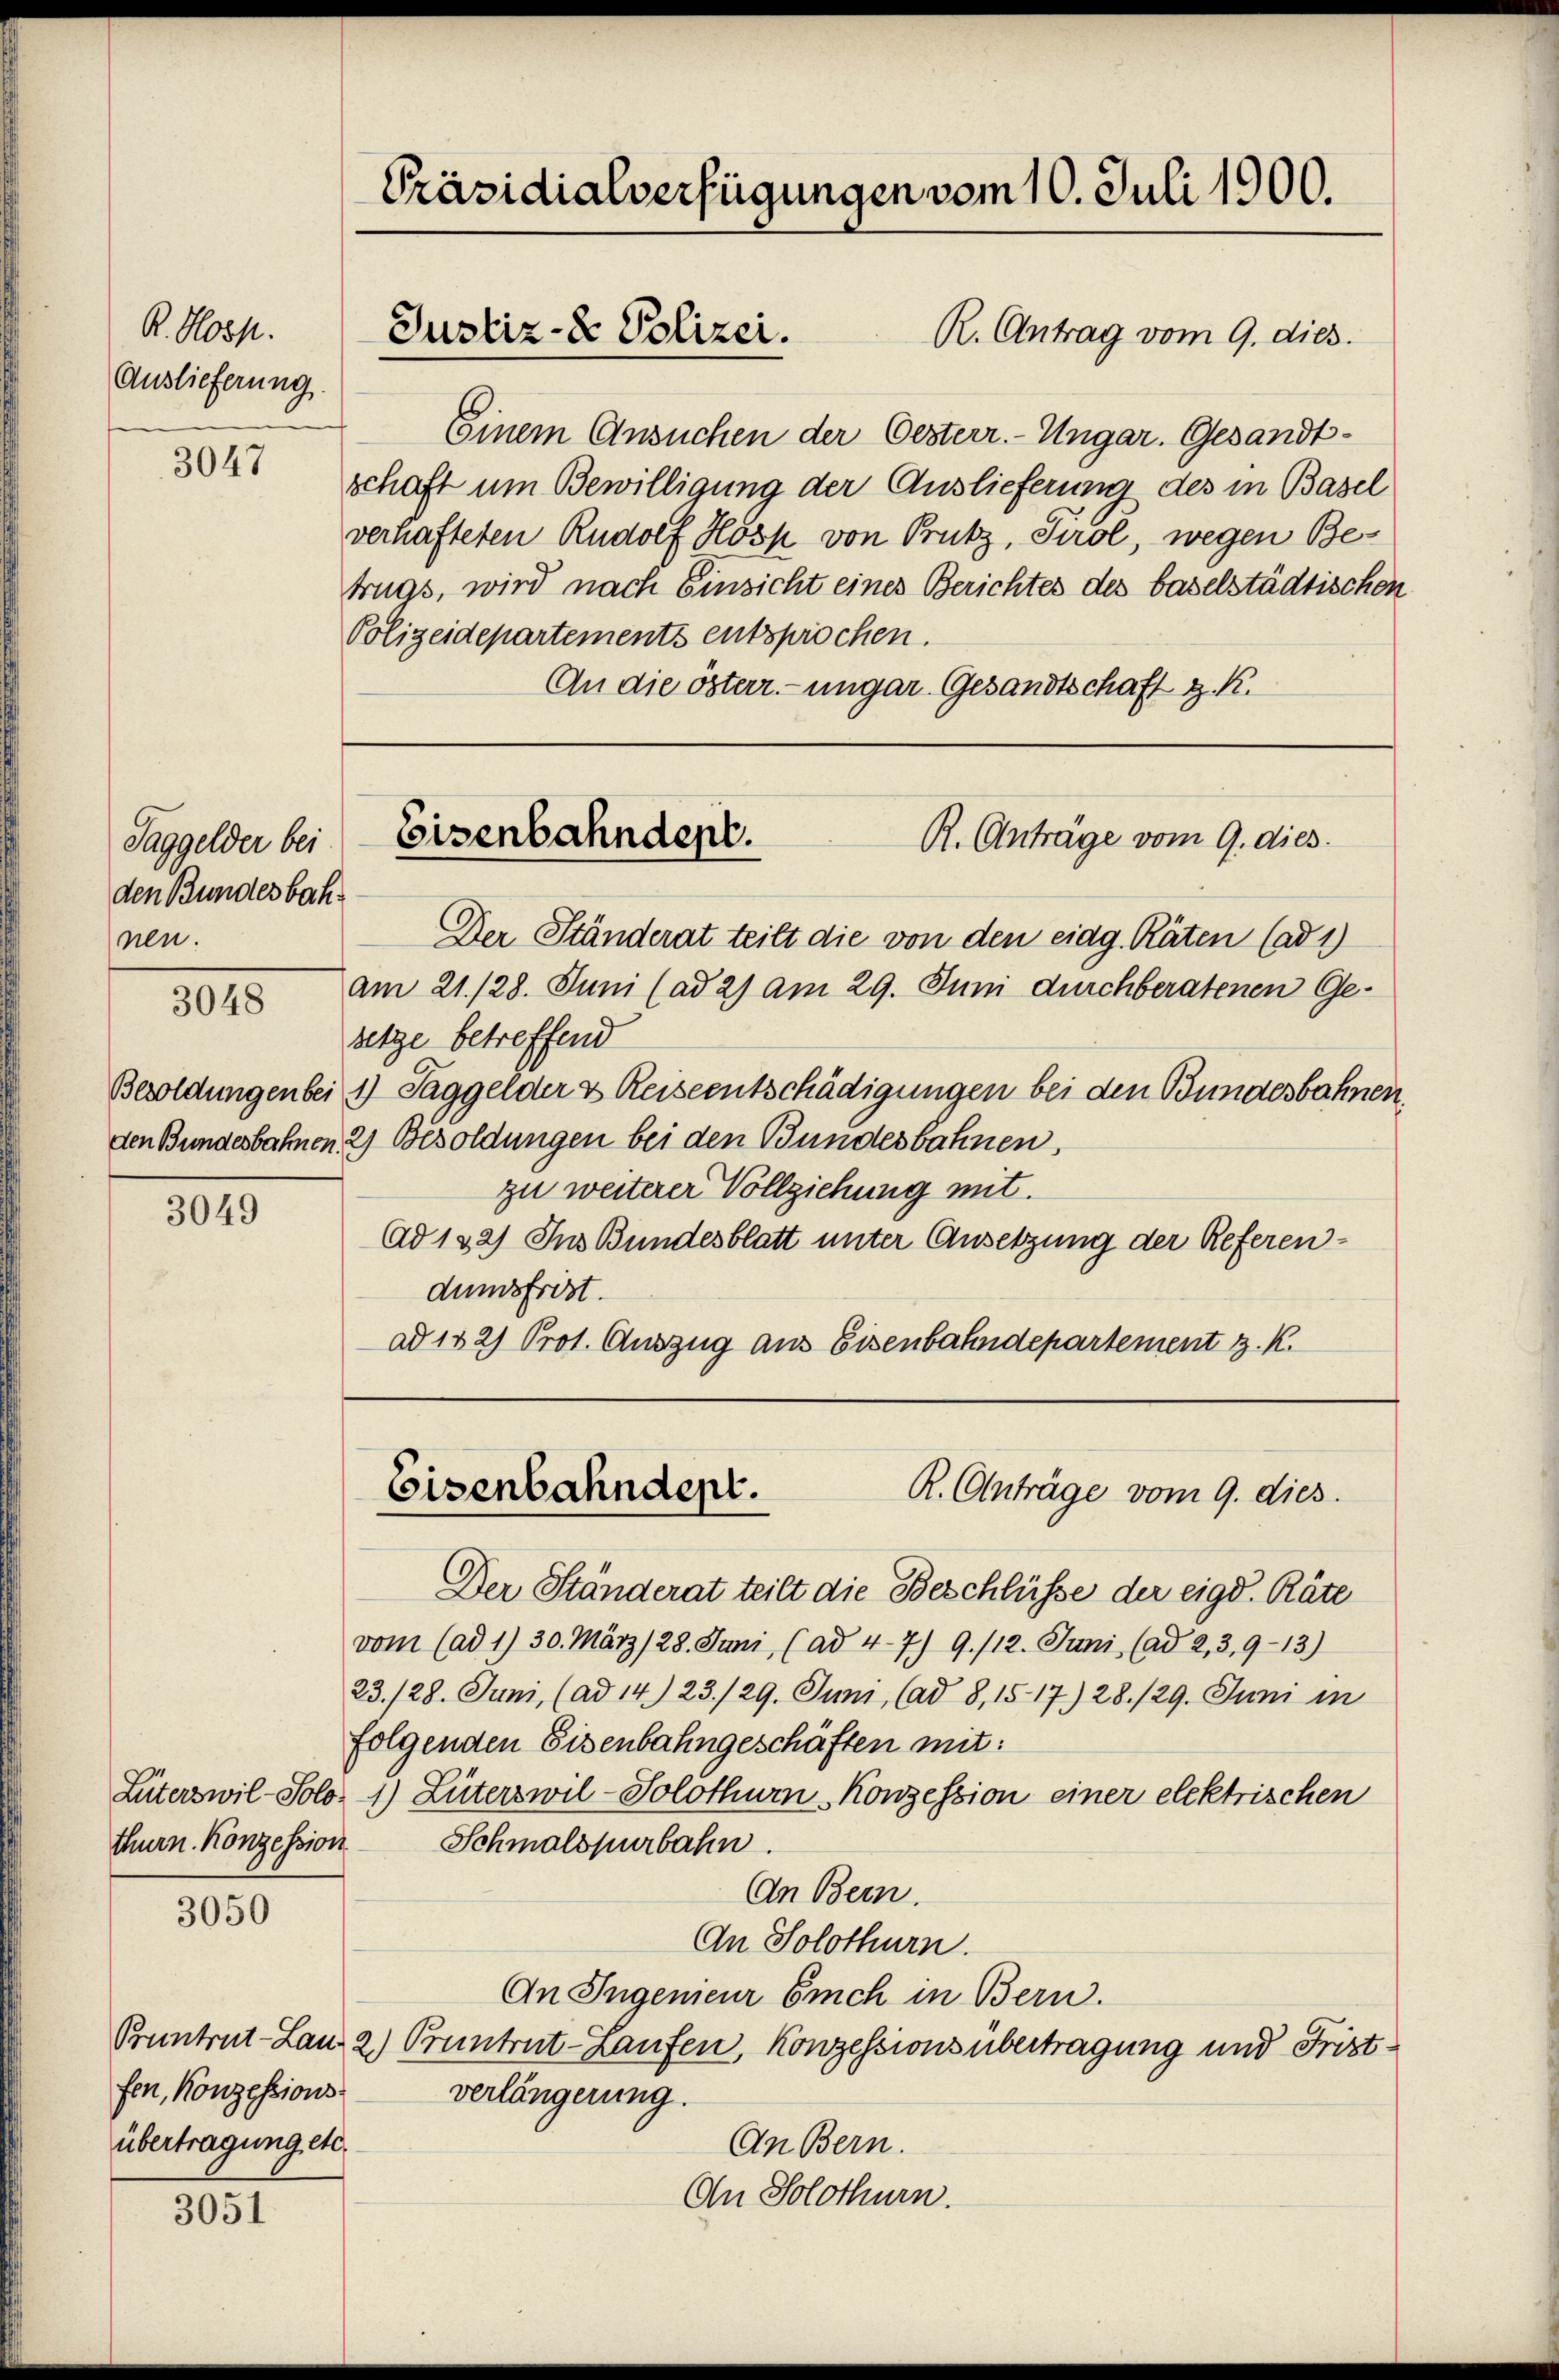
R. Hoch.
Auslieferung.

3047

Taggelder bei
den Bundesbachnen.

3048

3049

thurn. Konzession

3050

fen, Konzessionsübertragung etc.

3051

Präsidialverfügungen vom 10. Juli 1900.
Justiz- & Polizei.
R. Antrag vom 9. dies.

Einem Ansuchen der Oesterr.- Ungar. Gesandt-
schaft um Bewilligung der Auslieferung des in Basel
verhafteten Rudolf Hösp von Prutz, Tirol, wegen Betrugs, wird nach Einsicht eines Berichtes des baselstädtischen
Polizeidepartements entsprochen.
An die österr.-ungar. Gesandtschaft z. R.

Der Ständerat teilt die von den eidg. Räten (ad 1)
am 21. 128. Juni (ad 2) am 29. Juni durchberatenen Gesetze betreffend
Besoldungen bei 1 Taggelder & Reiseentschädigungen bei den Bundesbahnen.
den Bundesbahnen. 2) Besoldungen bei den Bundesbahnen,
zu weiterer Vollziehung mit.
Ad 132) Ins Bundesblatt unter Ansetzung der Referen-
dumsfrist.
ad 142) Prot. Auszug aus Eisenbahndepartement z. K.

Eisenbahndept.
R. Anträge vom 9. dies

Eisenbahndept.
R. Anträge vom 9. dies

Der Ständerat teilt die Beschlüsse der eigd. Räte
vom (ad 1) 30. März (28. Juni (ad 4-7) 9./12. Juni (ad 2, 3,9-13)
23./28. Juni, (ad 14) 23./29. Juni, (ad 8, 1517. 28./29. Juni in
folgenden Eisenbahngeschäften mit:
Lüterswil-Solo- 1) Lüterswil-Solothur Konzession einer elektrischen
Schmalspurbahn.
An Bern.
An Solothurn.
An Ingenieur Erich in Bern.
Pruntrut-Lanz 2) Pruntrut-Laufen, Konzessions übertragung und Fristverlängerung.
An Bern.
An Solothurn.